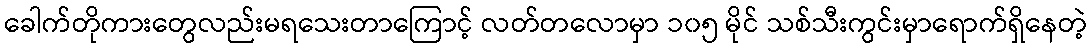
ခေါက်တိုကားတွေလည်းမရသေးတာကြောင့် လတ်တလောမှာ ၁၀၅ မိုင် သစ်သီးကွင်းမှာရောက်ရှိနေတဲ့